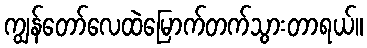
ကျွန်တော်လေထဲမြောက်တက်သွားတာရယ်။